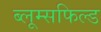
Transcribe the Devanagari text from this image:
ब्लूम्सफिल्ड